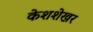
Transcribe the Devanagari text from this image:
केशशेखर